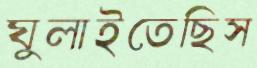
ঘুলাইতেছিস